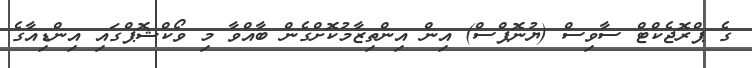
ގެ ޕްރޮޖެކްޓް ސާވިސް (ޔުނޮޕްސް) އިން އިންތިޒާމުކޮށްގެން ބާއްވާ މި ވޯކްޝޮޕްގައި އިންޑިއާގެ